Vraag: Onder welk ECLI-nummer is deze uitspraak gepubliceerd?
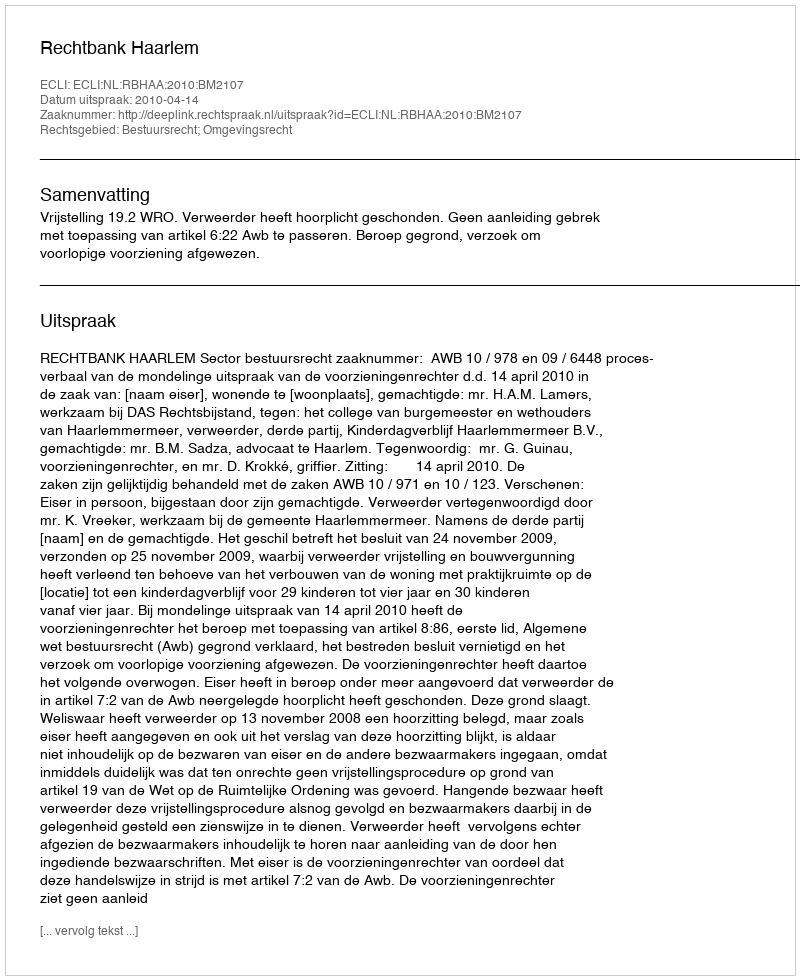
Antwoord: ECLI:NL:RBHAA:2010:BM2107